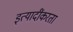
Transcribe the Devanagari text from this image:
इत्यादींकरता